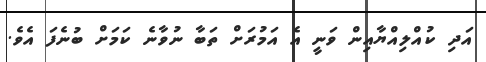
އަދި ކުއްލިއްޔާއިން ވަނީ އެ އަމުރަށް ތަބާ ނުވާނެ ކަމަށް ބުނެފަ އެވެ.